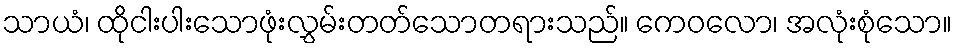
သာယံ၊ ထိုငါးပါးသောဖုံးလွှမ်းတတ်သောတရားသည်။ ကေဝလော၊ အလုံးစုံသော။